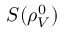
S ( \rho _ { V } ^ { 0 } )